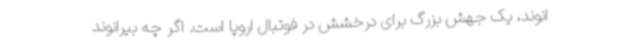
انوند، یک جهش بزرگ برای درخشش در فوتبال اروپا است. اگر چه بیرانوند